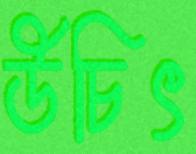
উচিৎ